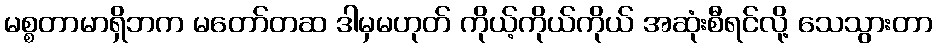
မစ္စတာမာရှိဘက မတော်တဆ ဒါမှမဟုတ် ကိုယ့်ကိုယ်ကိုယ် အဆုံးစီရင်လို့ သေသွားတာ